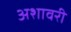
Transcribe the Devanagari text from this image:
अशावरी